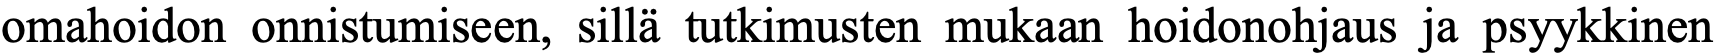
omahoidon onnistumiseen, sillä tutkimusten mukaan hoidonohjaus ja psyykkinen